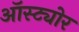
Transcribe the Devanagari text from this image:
ऑस्ट्योर